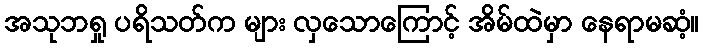
အသုဘရှု ပရိသတ်က များ လှသောကြောင့် အိမ်ထဲမှာ နေရာမဆံ့။